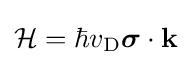
{\cal {H}}=\hbar v_{\rm {D}}{\boldsymbol {\sigma }}\cdot {\mathbf {k} }